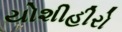
યોશીહીરો